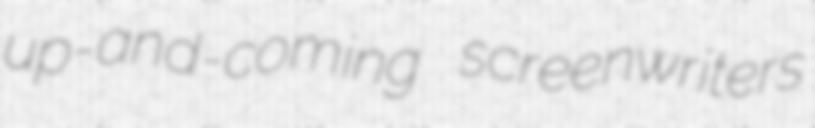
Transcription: up-and-coming screenwriters